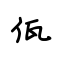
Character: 佤